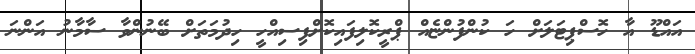
އައްޑޫ އާ ހޮސްޕިޓަލަށް ހަ ކުންފުންޏެއް ޕްރީކޮލިފައިކޮށްފިސިއްހީ ހިދުމަތަށް ބޭނުންވާ ސާމާނު އަންނަ